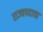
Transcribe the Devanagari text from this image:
राज्यपदाचा